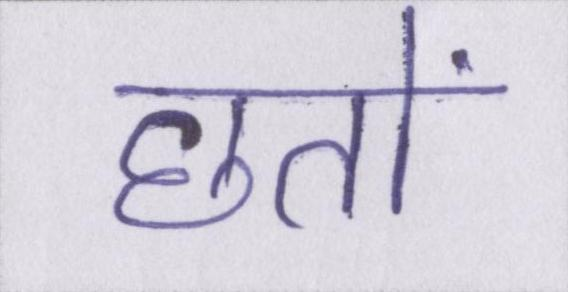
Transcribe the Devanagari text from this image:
छतों